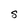
Character: S